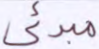
مبدئي